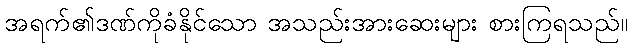
အရက်၏ဒဏ်ကိုခံနိုင်သော အသည်းအားဆေးများ စားကြရသည်။